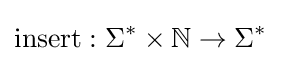
\operatorname {insert} :\Sigma ^{*}\times \mathbb {N} \rightarrow \Sigma ^{*}